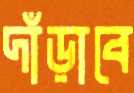
দাঁড়াবে